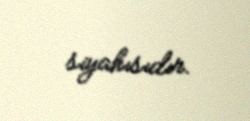
siyahısıdır.